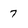
Character: 7